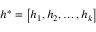
h ^ { \ast } = \left[ h _ { 1 } , h _ { 2 } , \ldots , h _ { k } \right]